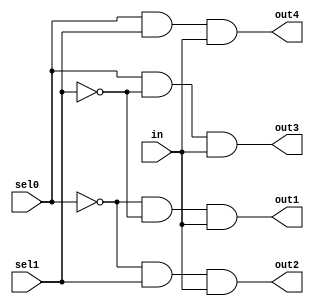
`timescale 1ns / 1ps
//////////////////////////////////////////////////////////////////////////////////
// Company: 
// Engineer: 
// 
// Design Name: 
// Module Name:    dmux_struc 
// Project Name: 
// Target Devices: 
// Tool versions: 
// Description: 
//
// Dependencies: 
//
// Revision: 
// Revision 0.01 - File Created
// Additional Comments: 
//
//////////////////////////////////////////////////////////////////////////////////
module dmux_struc(
    input in,
	 input sel0,
	 input sel1,
    output out1,
    output out2,
    output out3,
    output out4
    );
	 
	 wire not_sel0;
	 wire not_sel1;
	 
	 not(not_sel0, sel0);
    	 not(not_sel1, sel1);
	 
	 and(out1, not_sel0, not_sel1, in);
	 and(out2, not_sel0, sel1, in);
	 and(out3, sel0, not_sel1, in);
	 and(out4, sel0, sel1, in);	 


endmodule